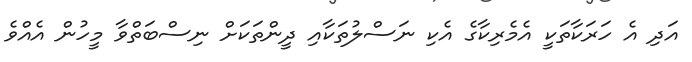
އަދި އެ ހަރަކާތަކީ އެމެރިކާގެ އެކި ނަސްލުތަކާއި ދީންތަކަށް ނިސްބަތްވާ މީހުން އެއްވެ